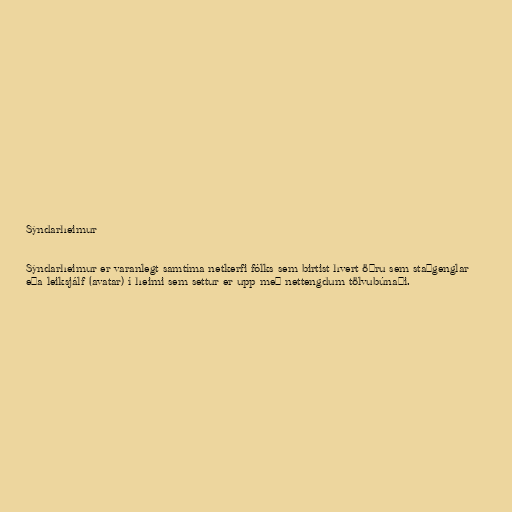
Sýndarheimur

Sýndarheimur er varanlegt samtíma netkerfi fólks sem birtist hvert öðru sem staðgenglar
eða leiksjálf (avatar) í heimi sem settur er upp með nettengdum tölvubúnaði.